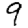
Digit: 9